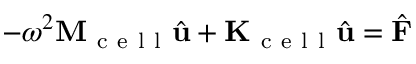
- \omega ^ { 2 } \mathbf { M } _ { \mathrm { ~ c ~ e ~ l ~ l ~ } } \hat { \mathbf { u } } + \mathbf { K } _ { \mathrm { ~ c ~ e ~ l ~ l ~ } } \hat { \mathbf { u } } = \hat { \mathbf { F } }